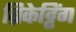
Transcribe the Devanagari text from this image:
ब्रिकेट्टिंग